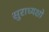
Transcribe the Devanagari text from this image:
सुराध्यक्षो